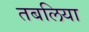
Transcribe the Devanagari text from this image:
तबलिया